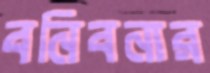
বনিবনার